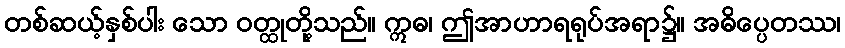
တစ်ဆယ့်နှစ်ပါး သော ဝတ္ထုတို့သည်။ ဣဓ၊ ဤအာဟာရရုပ်အရာ၌။ အဓိပ္ပေတဿ၊